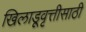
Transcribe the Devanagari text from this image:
खिलाडूवृत्तीसाठी